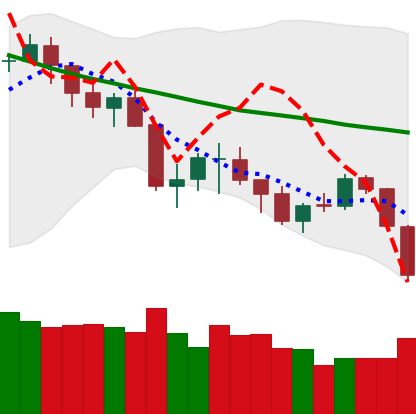
Ticker: BTC-USD
Chart end date: 2018-05-23
Forward return: -5.581%
Label: down_5_7